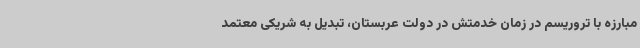
مبارزه با تروریسم در زمان خدمتش در دولت عربستان، تبدیل به شریکی معتمد